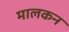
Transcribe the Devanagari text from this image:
मालकन